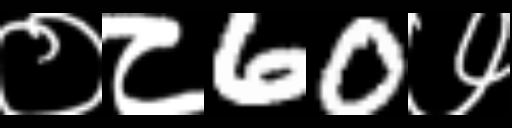
Text: ०८60७